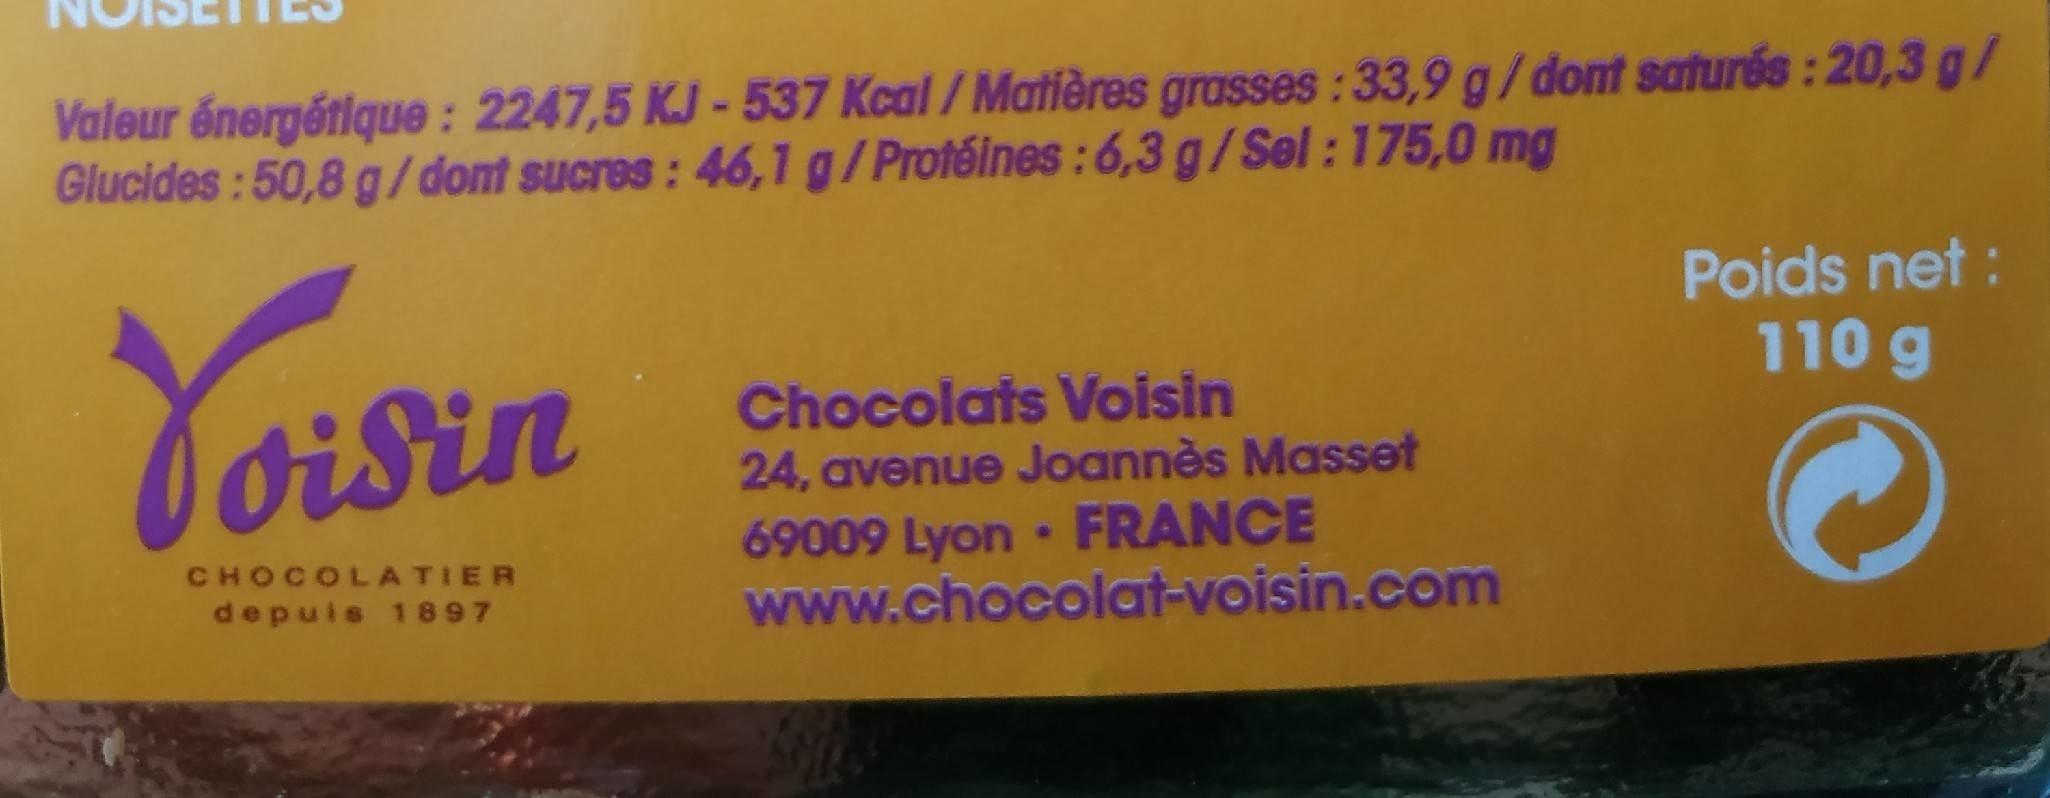
NOISETILO Valeur énergétique: 2247,5 KJ - 537 Kcal / Matières grasses : 33,9 g/domt saturés : 20,3 g/ Glucides: 50,8 g/ dont sucres: 46,1 g/Protéines:6,3 g/Sel :175,0 mg Poids net : 110 g Chocolats Voisin 24, avenue Joannès Masset 69009 Lyon FRANCE www.chocolat-voisin.com Ioisin CHOCOLATIER depuis 1 897